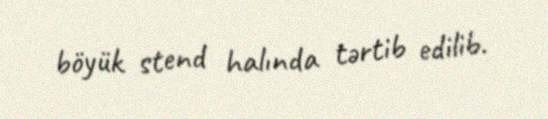
böyük stend halında tərtib edilib.